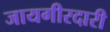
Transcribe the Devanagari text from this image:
जायगीरदारी